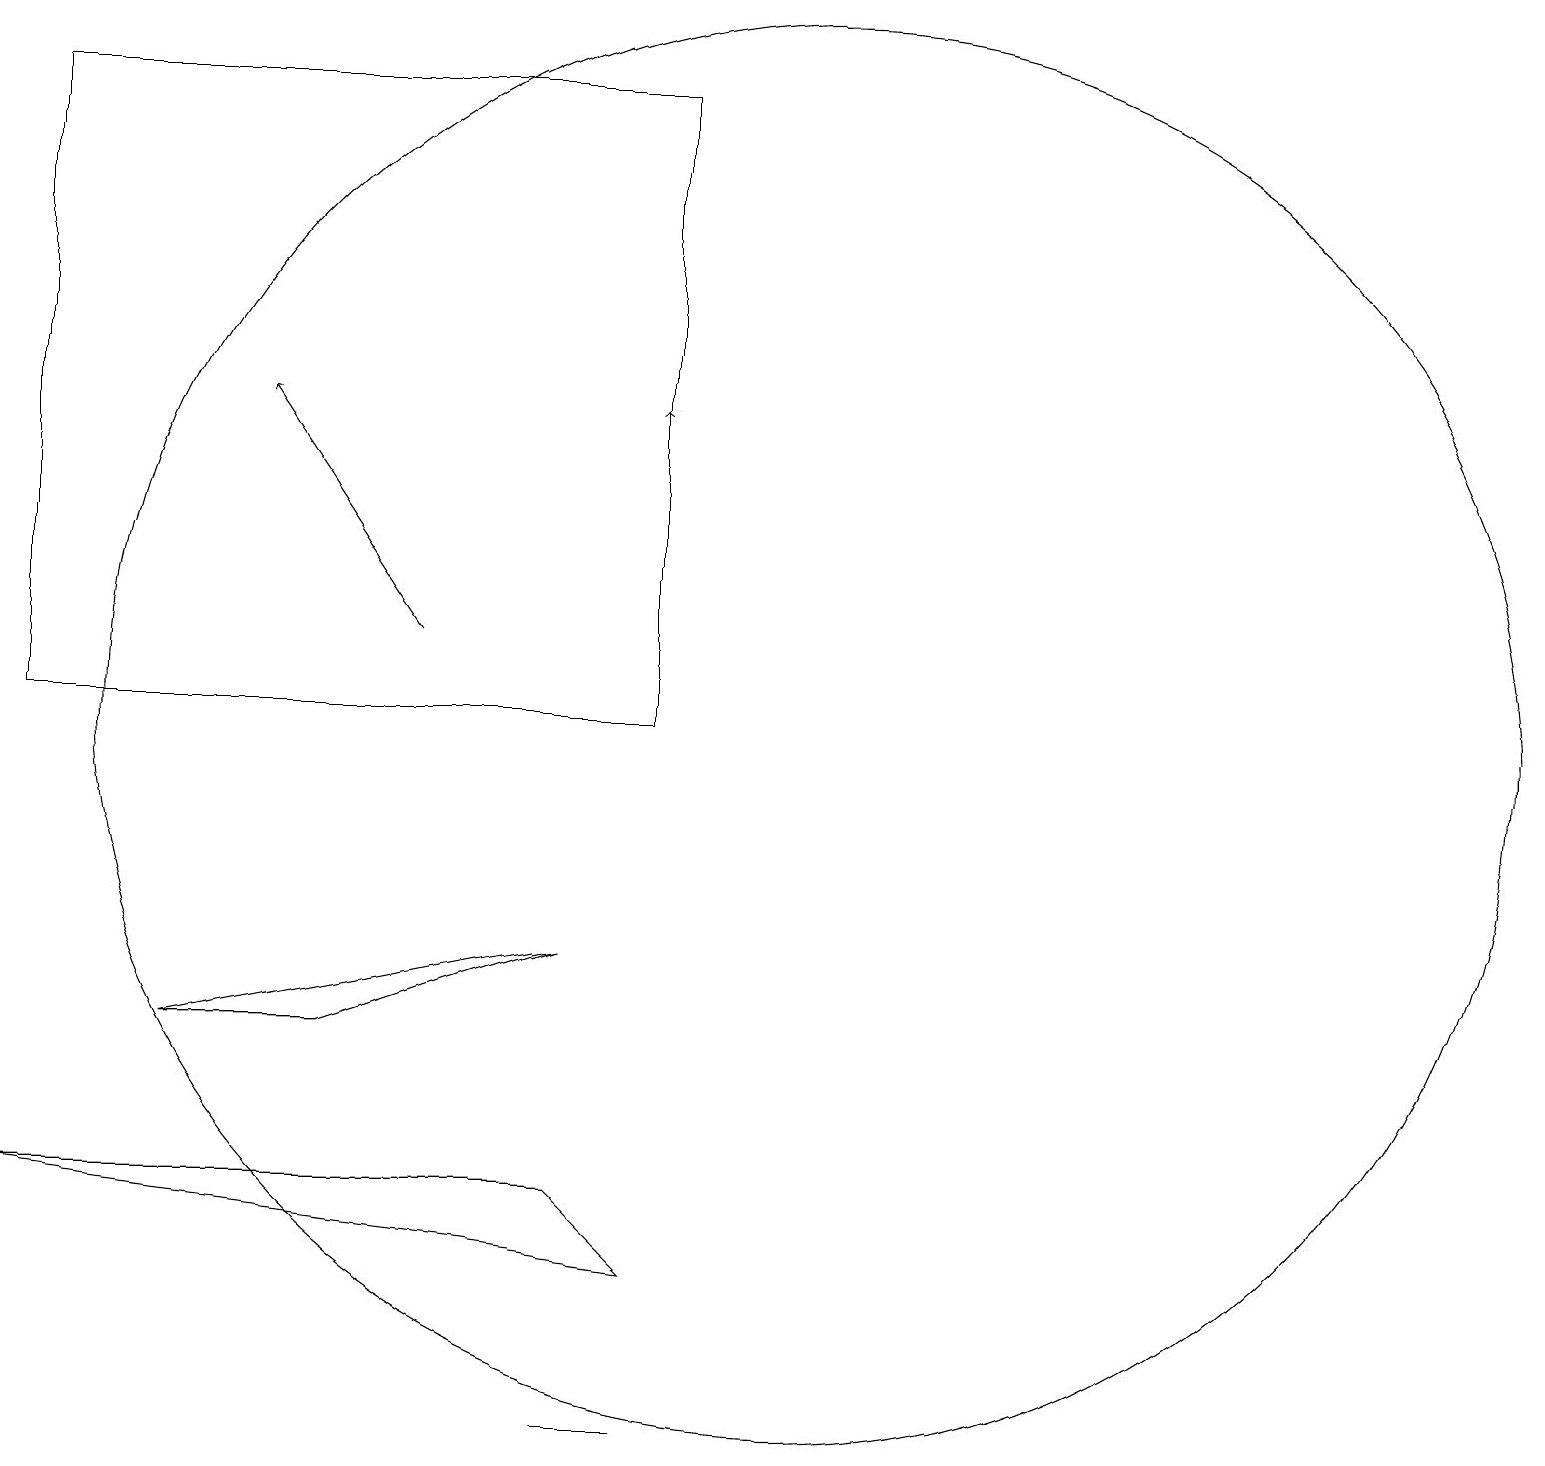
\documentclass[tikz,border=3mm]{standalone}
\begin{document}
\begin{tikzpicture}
\draw (8,5) -- (9,4) -- (1,5) -- cycle;
\draw[->] (9,12) -- (9,15);
\draw (5,7) -- (3,7) -- (8,8) -- cycle;
\draw (11,11) circle (9);
\draw[->] (6,12) -- (4,15);
\draw (9,11) rectangle (1,19);
\draw (8,2) -- (9,2) -- (8,2) -- cycle;
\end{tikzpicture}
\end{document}